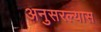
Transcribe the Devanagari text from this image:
अनुसरल्यास